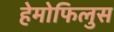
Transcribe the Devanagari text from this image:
हेमोफिलुस